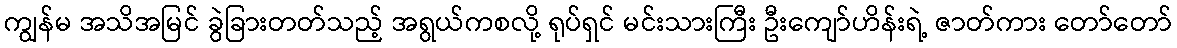
ကျွန်မ အသိအမြင် ခွဲခြားတတ်သည့် အရွယ်ကစလို့ ရုပ်ရှင် မင်းသားကြီး ဦးကျော်ဟိန်းရဲ့ ဇာတ်ကား တော်တော်